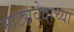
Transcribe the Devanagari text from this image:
नाट्यवेदाच्या